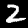
Digit: 2